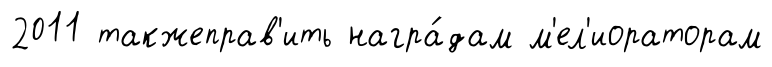
2011 такжеправ'ить награ́дам м'ел'иораторам